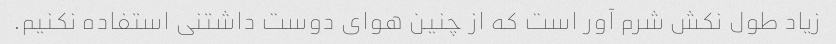
زیاد طول نکش شرم آور است که از چنین هوای دوست داشتنی استفاده نکنیم.